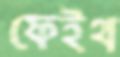
ফেইথ